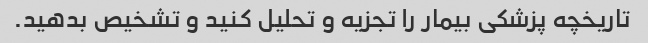
تاریخچه پزشکی بیمار را تجزیه و تحلیل کنید و تشخیص بدهید.